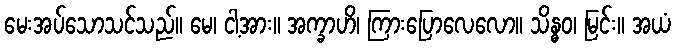
မေးအပ်သောသင်သည်။ မေ၊ ငါ့အား။ အက္ခာဟိ၊ ကြားပြောလေလော။ သိန္ဓဝ၊ မြင်း။ အယံ